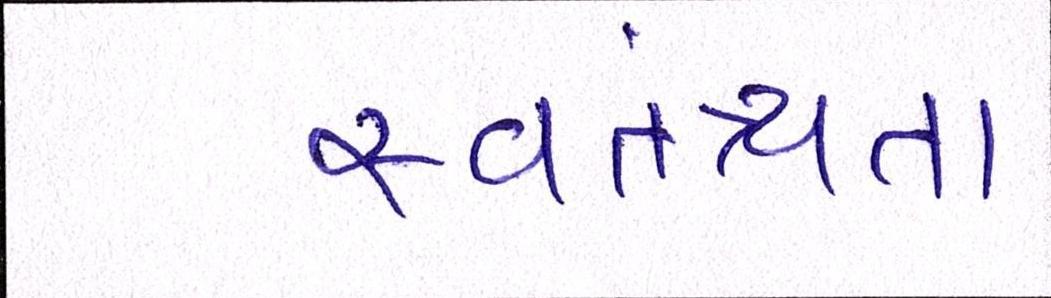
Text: સ્વતંત્ર્યતા